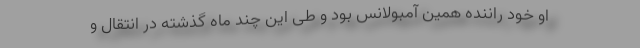
او خود راننده همین آمبولانس بود و طی این چند ماه گذشته در انتقال و